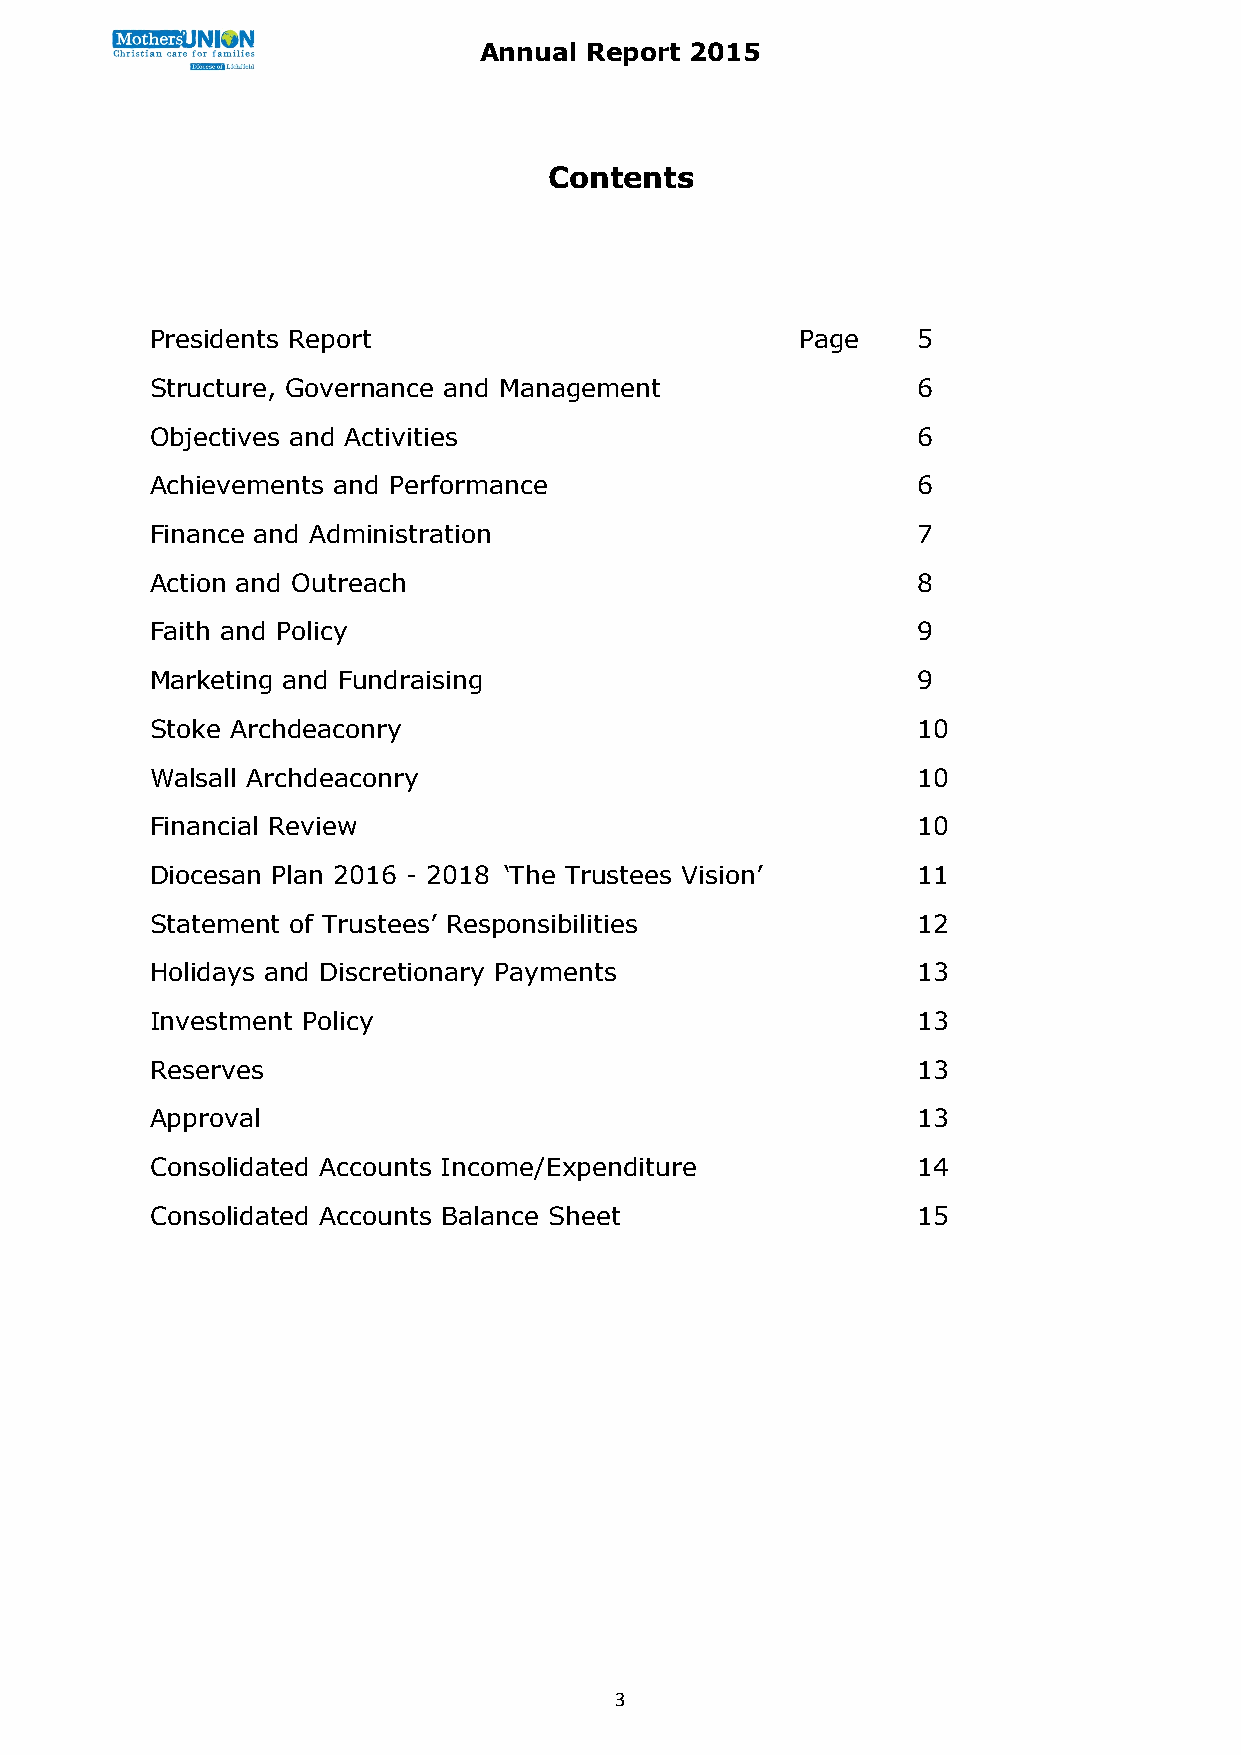
Annual Report 2015
 Contents
 Presidents Report                          Page    5
 Structure, Governance and Management               6
 Objectives and Activities                          6
 Achievements and Performance                       6
 Finance and Administration                         7
 Action and Outreach                                8
 Faith and Policy                                   9
 Marketing and Fundraising                          9
 Stoke Archdeaconry                                 10
 Walsall Archdeaconry                               10
 Financial Review                                   10
 Diocesan Plan 2016 - 2018 ‘The Trustees Vision’    11
 Statement of Trustees’ Responsibilities            12
 Holidays and Discretionary Payments                13
 Investment Policy                                  13
 Reserves                                           13
 Approval                                           13
 Consolidated Accounts Income/Expenditure           14
 Consolidated Accounts Balance Sheet                15
 3